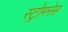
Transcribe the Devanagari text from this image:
स्ट्रोमनेस